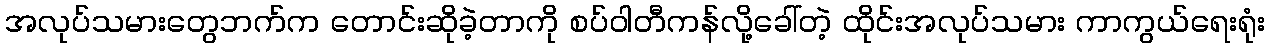
အလုပ်သမားတွေဘက်က တောင်းဆိုခဲ့တာကို စပ်ဝါတီကန်လို့ခေါ်တဲ့ ထိုင်းအလုပ်သမား ကာကွယ်ရေးရုံး